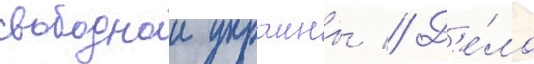
свободнои украины // Д'е́ло